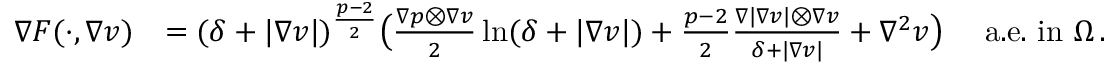
\begin{array} { r l } { \nabla F ( \cdot , \nabla v ) } & { = ( \delta + \vert \nabla v \vert ) ^ { \frac { p - 2 } { 2 } } \big ( \frac { \nabla p \otimes \nabla v } { 2 } \ln ( \delta + \vert \nabla v \vert ) + \frac { p - 2 } { 2 } \frac { \nabla \vert \nabla v \vert \otimes \nabla v } { \delta + \vert \nabla v \vert } + \nabla ^ { 2 } v \big ) \quad \mathrm { ~ a . e . \ i n ~ } \Omega \, . } \end{array}